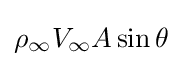
\rho _{\infty }V_{\infty }A\sin \theta